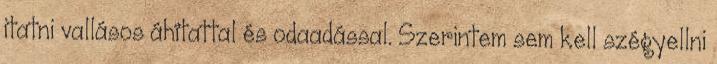
itatni vallásos áhítattal és odaadással. Szerintem sem kell szégyellni